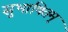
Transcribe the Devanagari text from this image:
सुभाषितम्